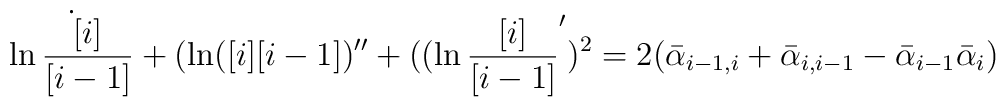
\dot {\ln{[ i ]\over [ i-1 ]}}+(\ln ([ i ][ i-1 ])''+((\ln {[ i ]\over [ i-1 ]}')^2=2(\bar \alpha_{i-1,i}+\bar \alpha_{i,i-1}-\bar \alpha_{i-1}\bar \alpha_i)